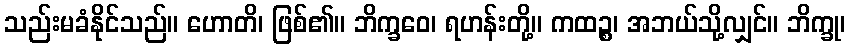
သည်းမခံနိုင်သည်။ ဟောတိ၊ ဖြစ်၏။ ဘိက္ခဝေ၊ ရဟန်းတို့။ ကထဉ္စ၊ အဘယ်သို့လျှင်။ ဘိက္ခု၊